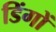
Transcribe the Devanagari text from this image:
डिंगों